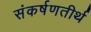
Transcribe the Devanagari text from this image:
संकर्षणतीर्थ